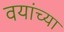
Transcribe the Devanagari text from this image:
वयांच्या